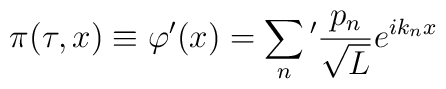
\pi(\tau ,x) \equiv \varphi '(x) = \sum_n{}' \frac{p_n}{\sqrt{L}}e^{ik_nx}